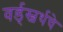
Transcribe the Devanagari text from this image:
वर्ड्‌स्वर्थचे